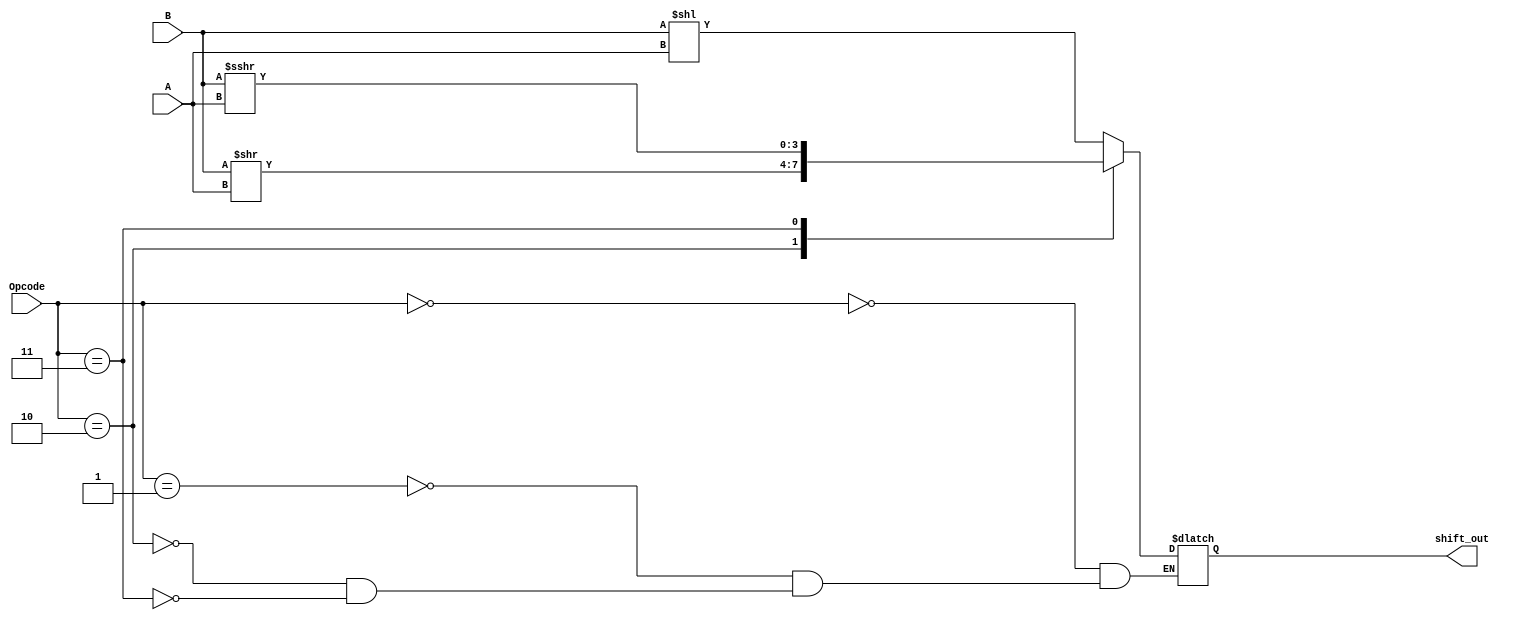
`timescale 1ns / 1ps
//////////////////////////////////////////////////////////////////////////////////
// Company: 
// Engineer: 
// 
// Design Name: 
// Module Name:    shifter 
// Project Name: 
// Target Devices: 
// Tool versions: 
// Description: 
//
// Dependencies: 
//
// Revision: 
// Revision 0.01 - File Created
// Additional Comments: 
//
//////////////////////////////////////////////////////////////////////////////////
module Shifter(shift_out, A,B, Opcode);
//output
output reg [3:0] shift_out;
//inputs
input signed [3:0] A,B, Opcode;
//always
always @(*)
begin
	case(Opcode)
	4'b0000 : shift_out = B<<A; 
	4'b0001 : shift_out = B<<A; 
	4'b0010 : shift_out = B>>A;
	4'b0011 : shift_out = B>>>A;
	endcase
end
//THE - END
endmodule